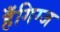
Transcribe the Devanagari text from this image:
हँगिग्ज